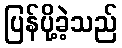
ပြန်ပို့ခဲ့သည်